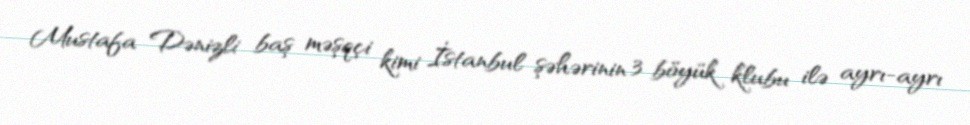
Mustafa Dənizli baş məşqçi kimi İstanbul şəhərinin 3 böyük klubu ilə ayrı-ayrı